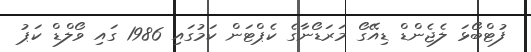
ފުޓްބޯޅަ ލެޖެންޑް ޑިއޭގޯ މަރަޑޯނާގެ ކެޕްޓަން ކަމުގައި 1986 ގައި ވޯލްޑް ކަޕު